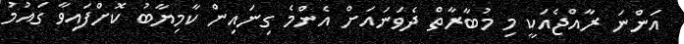
އަންނަ ރާއްޖެއަކީ މި މުބާރާތް ދެވަނައަށް އެންމެ ގިނައިން ކާމިޔާބު ކޮށްފައިވާ ގައުމު